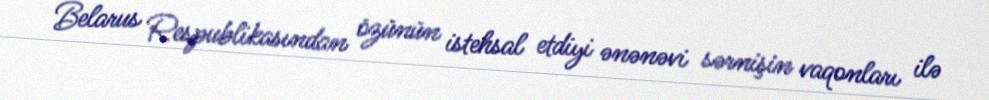
Belarus Respublikasından özünün istehsal etdiyi ənənəvi sərnişin vaqonları ilə